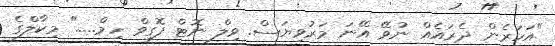
"އަހަރެން ދެރައެއް ނުވޭ އޭނަ މަރުވިޔަސް. ވިލް ނޮޓް ފޮގިވް ހިމް....." މިކާލްގެ